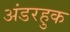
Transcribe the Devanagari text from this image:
अंडरहुक